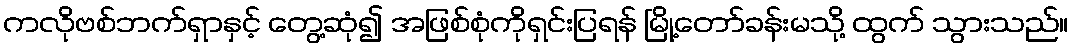
ကလိုဗစ်ဘက်ရှာနှင့် တွေ့ဆုံ၍ အဖြစ်စုံကိုရှင်းပြရန် မြို့တော်ခန်းမသို့ ထွက် သွားသည်။